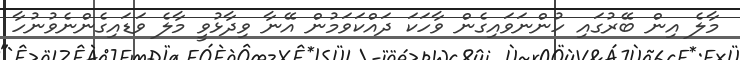
މާލެ އިން ބޭރުގައި ހުންނަވައިގެން ވާހަކަ ދައްކަވަމުން އޭނާ ވިދާޅުވީ މާލެ ވަޑައިގެންނެވުނުހާ